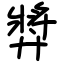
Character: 㢡